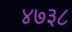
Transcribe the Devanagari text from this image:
४७३८